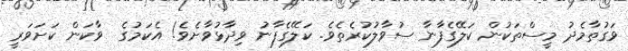
ވަގުތާމެދު މީސްތަކުން ކަލޭގެފާނާ ސުވާލުކުރެތެވެ. ކަލޭގެފާނު ވިދާޅުވާށެވެ! އެކަމުގެ  ވާކަން ކަށަވަރީ